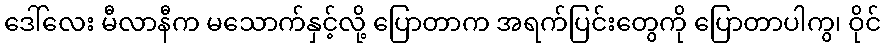
ဒေါ်လေး မီလာနီက မသောက်နှင့်လို့ ပြောတာက အရက်ပြင်းတွေကို ပြောတာပါကွ၊ ဝိုင်